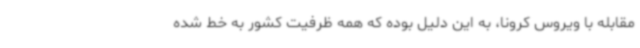
مقابله با ویروس کرونا، به این دلیل بوده که همه ظرفیت کشور به خط شده